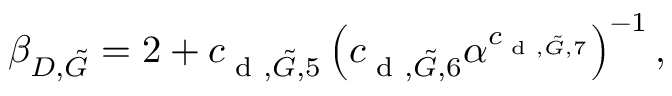
\beta _ { D , \tilde { G } } = { 2 + c _ { \textup { d } , \tilde { G } , 5 } \left( c _ { \textup { d } , \tilde { G } , 6 } \alpha ^ { c _ { \textup { d } , \tilde { G } , 7 } } \right) ^ { - 1 } } \, ,